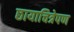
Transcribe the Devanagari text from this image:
छायाचित्रेपण